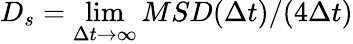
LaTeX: D_{s}=\operatorname*{lim}_{\Delta t\to\infty}MSD(\Delta t)/(4\Delta t)